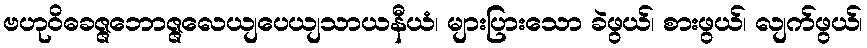
ဗဟုဝိဓခဇ္ဇဘောဇ္ဇလေယျပေယျသာယနီယံ၊ များပြားသော ခဲဖွယ်၊ စားဖွယ်၊ လျက်ဖွယ်၊